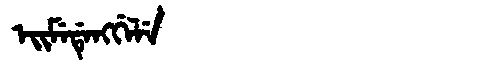
Manchu: ᡝᡳᠮᡝᡩᡝᠩᡤᡝᠯᡝ
Romanization: EIMEDENGGELE